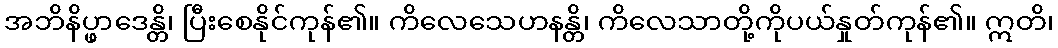
အဘိနိပ္ဖာဒေန္တိ၊ ပြီးစေနိုင်ကုန်၏။ ကိလေသေဟနန္တိ၊ ကိလေသာတို့ကိုပယ်နှုတ်ကုန်၏။ ဣတိ၊